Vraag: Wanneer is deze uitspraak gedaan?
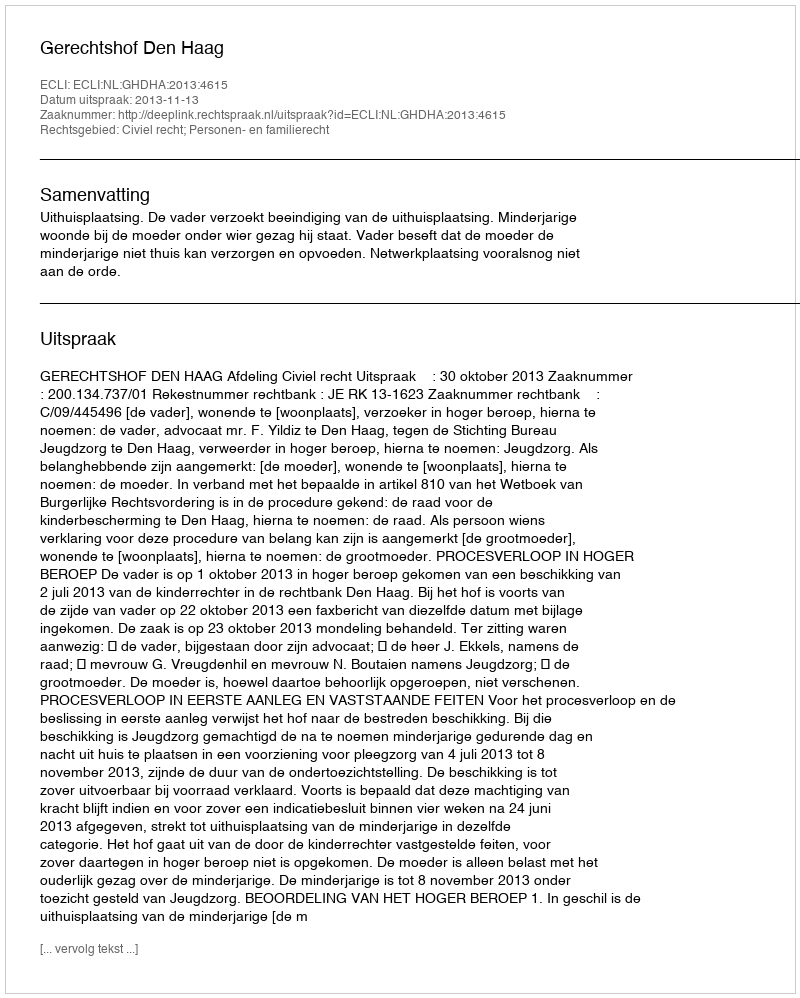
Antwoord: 2013-11-13